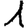
Digit: 1